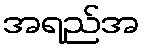
အရည်အ